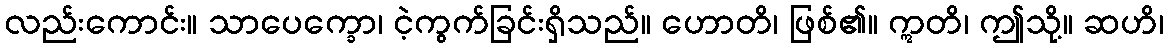
လည်းကောင်း။ သာပေက္ခော၊ ငဲ့ကွက်ခြင်းရှိသည်။ ဟောတိ၊ ဖြစ်၏။ ဣတိ၊ ဤသို့။ ဆဟိ၊